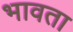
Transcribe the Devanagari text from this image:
भावता